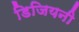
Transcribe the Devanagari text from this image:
डिजियनी